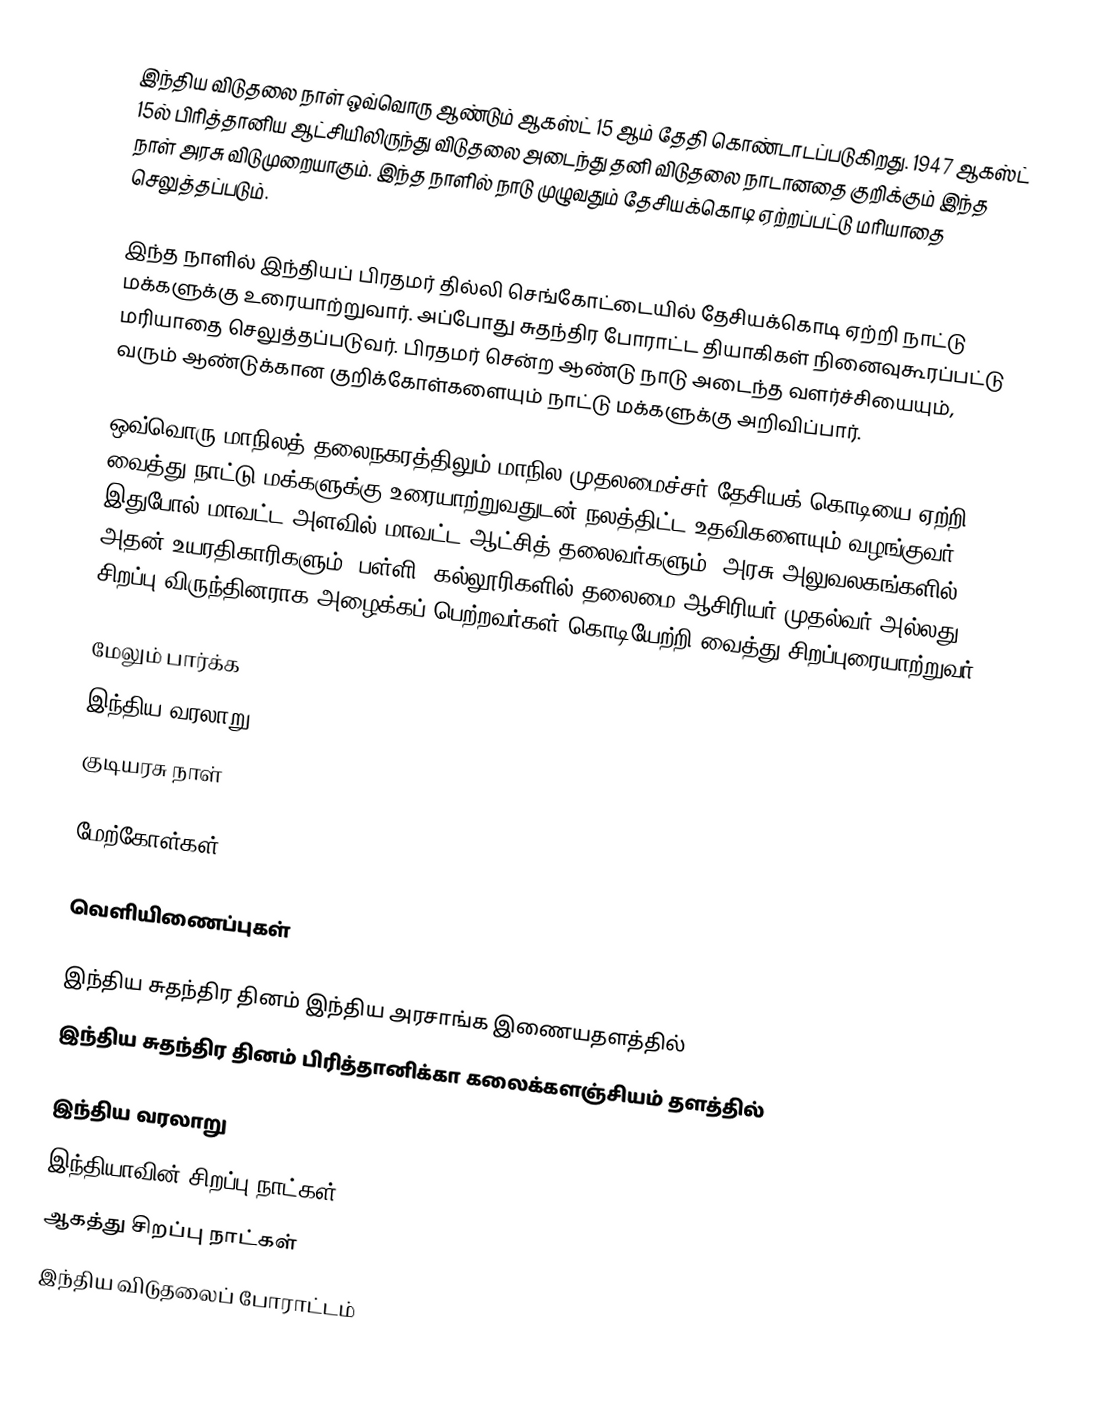
இந்திய விடுதலை நாள் ஒவ்வொரு ஆண்டும் ஆகஸ்ட் 15 ஆம் தேதி கொண்டாடப்படுகிறது. 1947 ஆகஸ்ட் 15ல் பிரித்தானிய ஆட்சியிலிருந்து விடுதலை அடைந்து தனி விடுதலை நாடானதை குறிக்கும் இந்த நாள் அரசு விடுமுறையாகும். இந்த நாளில் நாடு முழுவதும் தேசியக்கொடி ஏற்றப்பட்டு மரியாதை செலுத்தப்படும்.

இந்த நாளில் இந்தியப் பிரதமர் தில்லி செங்கோட்டையில் தேசியக்கொடி ஏற்றி நாட்டு மக்களுக்கு உரையாற்றுவார். அப்போது சுதந்திர போராட்ட தியாகிகள் நினைவுகூரப்பட்டு மரியாதை செலுத்தப்படுவர். பிரதமர் சென்ற ஆண்டு நாடு அடைந்த வளர்ச்சியையும், வரும் ஆண்டுக்கான குறிக்கோள்களையும் நாட்டு மக்களுக்கு அறிவிப்பார்.

ஒவ்வொரு மாநிலத் தலைநகரத்திலும் மாநில முதலமைச்சர் தேசியக் கொடியை ஏற்றி வைத்து நாட்டு மக்களுக்கு உரையாற்றுவதுடன் நலத்திட்ட உதவிகளையும் வழங்குவர். இதுபோல் மாவட்ட அளவில் மாவட்ட ஆட்சித் தலைவர்களும், அரசு அலுவலகங்களில் அதன் உயரதிகாரிகளும், பள்ளி, கல்லூரிகளில் தலைமை ஆசிரியர்/முதல்வர் அல்லது சிறப்பு விருந்தினராக அழைக்கப் பெற்றவர்கள் கொடியேற்றி வைத்து சிறப்புரையாற்றுவர்.

மேலும் பார்க்க
 இந்திய வரலாறு
 குடியரசு நாள்

மேற்கோள்கள்

வெளியிணைப்புகள்

 இந்திய சுதந்திர தினம் இந்திய அரசாங்க இணையதளத்தில்
 இந்திய சுதந்திர தினம் பிரித்தானிக்கா கலைக்களஞ்சியம் தளத்தில்

இந்திய வரலாறு
இந்தியாவின் சிறப்பு நாட்கள்
ஆகத்து சிறப்பு நாட்கள்
இந்திய விடுதலைப் போராட்டம்